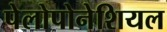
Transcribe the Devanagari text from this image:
पेलोपोनेशियल